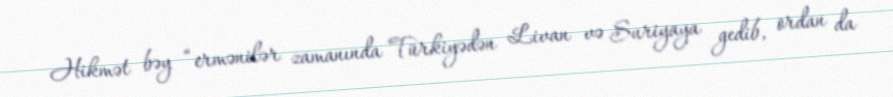
Hikmət bəy “ermənilər zamanında Türkiyədən Livan və Suriyaya gedib, ordan da